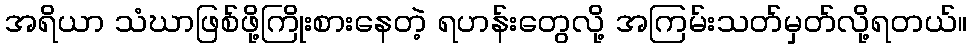
အရိယာ သံဃာဖြစ်ဖို့ကြိုးစားနေတဲ့ ရဟန်းတွေလို့ အကြမ်းသတ်မှတ်လို့ရတယ်။